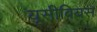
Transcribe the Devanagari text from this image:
यूसीबियस